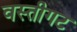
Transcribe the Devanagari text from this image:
वस्तीगट